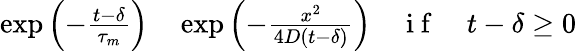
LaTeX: \begin{array}{rlr}{\exp{\left(-\frac{t-\delta}{\tau_{m}}\right)}}&{{}\exp{\left(-\frac{x^{2}}{4D(t-\delta)}\right)}}&{\mathrm{~i~f~}\quad t-\delta\geq 0}\end{array}